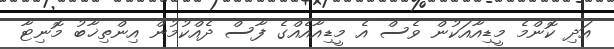
އަދި ކޮންމެ މީޑިއާއަކުން ވެސް އެ މީޑިއާއެއްގެ ފާސް ދެއްކުމުން އިންތިޚާބު މޮނިޓާ